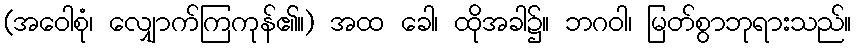
(အဝေါစုံ၊ လျှောက်ကြကုန်၏။) အထ ခေါ၊ ထိုအခါ၌။ ဘဂဝါ၊ မြတ်စွာဘုရားသည်။